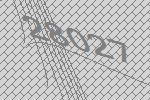
28027